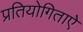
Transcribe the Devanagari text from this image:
प्रतियोगिताऐ